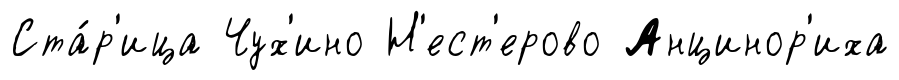
Ста́р'ица Чух'ино Н'ест'ерово Анцинор'иха